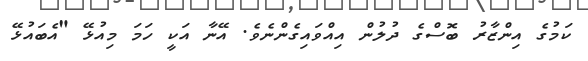
ކަމުގެ އިންޒާރު ބޮސްގެ ދުލުން އިއްވައިގެންނެވެ. އޭނާ އަކީ ހަމަ މިއުޅޭ "އެބައުޅޭ